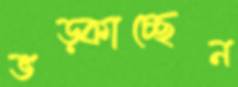
ভড়্‌কাচ্ছেন